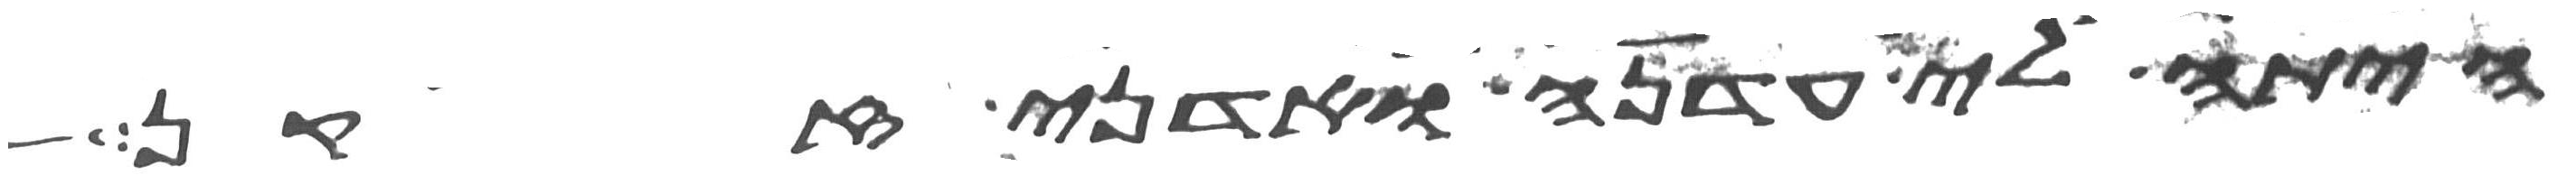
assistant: היתה לי עדנה ואדני זקן